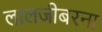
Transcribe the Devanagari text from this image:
लालजीबरना